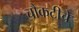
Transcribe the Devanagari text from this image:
चौकटीचे